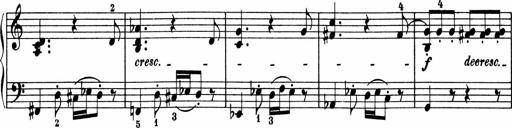
Title: 5 Sonatinen fÃ¼r die Jugend
Composer: Carl Reinecke